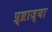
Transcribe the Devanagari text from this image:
प्र्व्राज्या